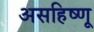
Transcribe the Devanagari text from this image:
असहिष्णू